Account of plague administration in the Bombay Presidency from September 1896 till May 1897
Year: 1896
Disease focus: Plague
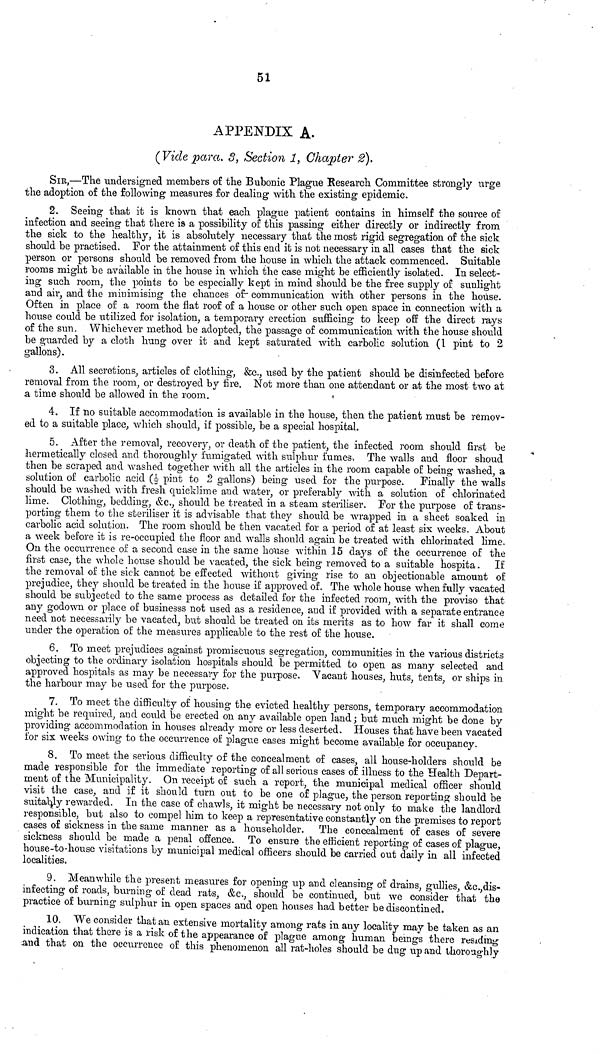
51
APPENDIX A.
(Vide para. 3, Section 1, Chapter 2).
SIR,—The undersigned members of the Bubonic Plague Research Committee strongly urge
the adoption of the following measures for dealing with the existing epidemic.
2. Seeing that it is known that each plague patient contains in himself the source of
infection and seeing that there is a possibility of this passing either directly or indirectly from
the sick to the healthy, it is absolutely necessary that the most rigid segregation of the sick
should be practised. For the attainment of this end it is not necessary in all cases that the sick
person or persons should be removed from the house in which the attack commenced. Suitable
rooms might be available in the house in which the case might be efficiently isolated. In select-
ing such room, the points to be especially kept in mind should be the free supply of sunlight
and air, and the minimising the chances of" communication with other persons in the house.
Often in place of a room the flat roof of a house or other such open space in connection with a
house could be utilized for isolation, a temporary erection sufficing to keep off the direct rays
of the sun. Whichever method be adopted, the passage of communication with the house should
be guarded by a cloth hung over it and kept saturated with carbolic solution (I pint to 2
gallons).
3. All secretions, articles of clothing, &c., used by the patient should be disinfected before
removal from the room, or destroyed by fire. Not more than one attendant or at the most two at
a time should be allowed in the room.
4. If no suitable accommodation is available in the house, then the patient must be remov-
ed to a suitable place, which should, if possible, be a special hospital.
5. After the removal, recovery, or death of the patient, the infected room should first be
hermetically closed and thoroughly fumigated with sulphur fumes. The walls and floor shoud
then be scraped and washed together with all the articles in the room capable of being washed, a
solution of carbolic acid (£ pint to 2 gallons) being used for the purpose. Finally the walls
should be washed with fresh quicklime and water, or preferably with a solution of chlorinated
lime. Clothing, bedding, &e., should be treated in a steam steriliser. For the purpose of trans-
porting them to the steriliser it is advisable that they should be wrapped in a sheet soaked in
carbolic acid solution. The room should be then vacated for a period of at least six weeks. About
a week before it is re-occupied the floor and walls should again be treated with chlorinated lime.
On the occurrence of a second case in the same house within 15 days of the occurrence of the
first case, the whole house should be vacated, the sick being removed to a suitable hospita. If
the removal of the sick cannot be effected without giving rise to an objectionable amount of
prejudice, they should be treated in the house if approved of. The whole house when fully vacated
should be subjected to the same process as detailed for the infected room, with the proviso that
any godown or place of businesss not used as a residence, and if provided with a separate entrane e
need not necessarily be vacated, but should be treated on its merits as to how far it shall come
under the operation of the measures applicable to the rest of the house.
6. To meet prejudices against promiscuous segregation, communities in the various districts
objecting to the ordinary isolation hospitals should be permitted to open as many selected and
approved hospitals as may be necessary for the purpose. Vacant houses, huts, tents, or ships in
the harbour may be used for the purpose.
7. To meet the difficulty of housing the evicted healthy persons, temporary accommodation
might be required, and could be erected on any available open land ; but much might be done by
providing accommodation in houses already more or less deserted. Houses that have been vacated
for six weeks owing to the occurrence of plague cases might become available for occupancy.
8. To meet the serious difficulty of the concealment of cases, all house-holders should be
made responsible for the immediate reporting of all serious cases of illness to the Health Depart-
ment of the Municipality. On receipt of such a report, the municipal medical officer should
visit the case, and if it should turn out to be one of plague, the person reporting should be
suitably rewarded. In the case of chawls, it might be necessary not only to make the landlord
responsible, but also to compel him to keep a representative constantly on the premises to report
cases of sickness in the same manner as a householder. The concealment of cases of severe
sickness should be made a penal offence. To ensure the efficient reporting of cases of plague,
house-to-house visitations by municipal medical officers should be carried out daily in all infected
localities.
9. Meanwhile the present measures for opening up and cleansing of drains, gullies, &c.,dis-
infecting of roads, burning of dead rats, &c., should be continued, but we consider that the
practice of burning sulphur in open spaces and open houses had better be discontined.
10. We consider that an extensive mortality among rats in any locality may be taken as an
indication that there is a risk of the appearance of plague among human beings there residing
and that on the occurrence of this phenomenon all rat-holes should be dug up and thoroughly